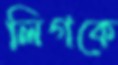
লিগকে